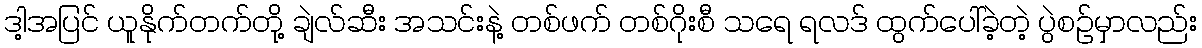
ဒါ့အပြင် ယူနိုက်တက်တို့ ချဲလ်ဆီး အသင်းနဲ့ တစ်ဖက် တစ်ဂိုးစီ သရေ ရလဒ် ထွက်ပေါ်ခဲ့တဲ့ ပွဲစဥ်မှာလည်း